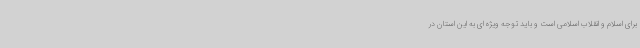
برای اسلام و انقلاب اسلامی است و باید توجه ویژه ای به این استان در